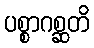
ပစ္စာဂစ္ဆတိ